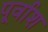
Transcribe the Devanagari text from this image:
पूर्वाश